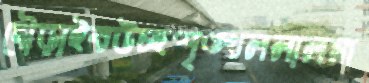
দৌড়াইবউচ্ছশৃঙ্খললালমা